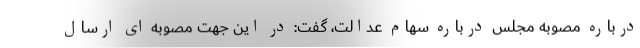
درباره مصوبه مجلس درباره سهام عدالت، گفت: در این جهت مصوبه ای ارسال